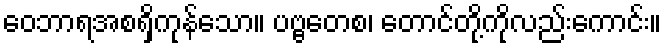
ဝေဘာရအစရှိကုန်သော။ ပဗ္ဗတေစ၊ တောင်တို့ကိုလည်းကောင်း။